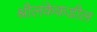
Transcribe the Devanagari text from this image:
श्रीलंकेकडील